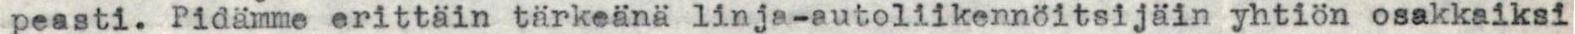
peasti. Pidämme erittäin tärkeänä linja-autoliikennöitsijäin yhtiön osakkaiksi